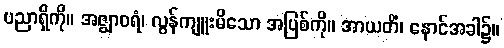
ပညာရှိကို။ အဇ္ဈာဝရံ၊ လွန်ကျူးမိသော အပြစ်ကို။ အာယတိံ၊ နောင်အခါ၌။